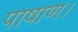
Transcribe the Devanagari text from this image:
पाषाण।